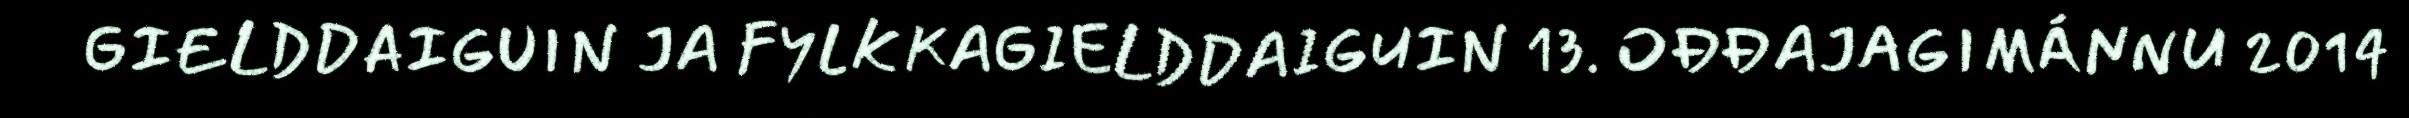
GIELDDAIGUIN JA FYLKKAGIELDDAIGUIN 13. OĐĐAJAGIMÁNNU 2014